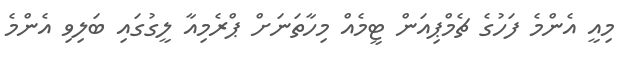
މިއީ އެންމެ ފަހުގެ ޗެމްޕިއަން ޓީމެއް މިހާތަނަށް ޕްރެމިއާ ލީގުގައި ބަލިވި އެންމެ